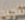
تنجيد